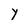
Character: Y